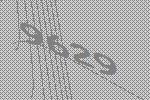
9629